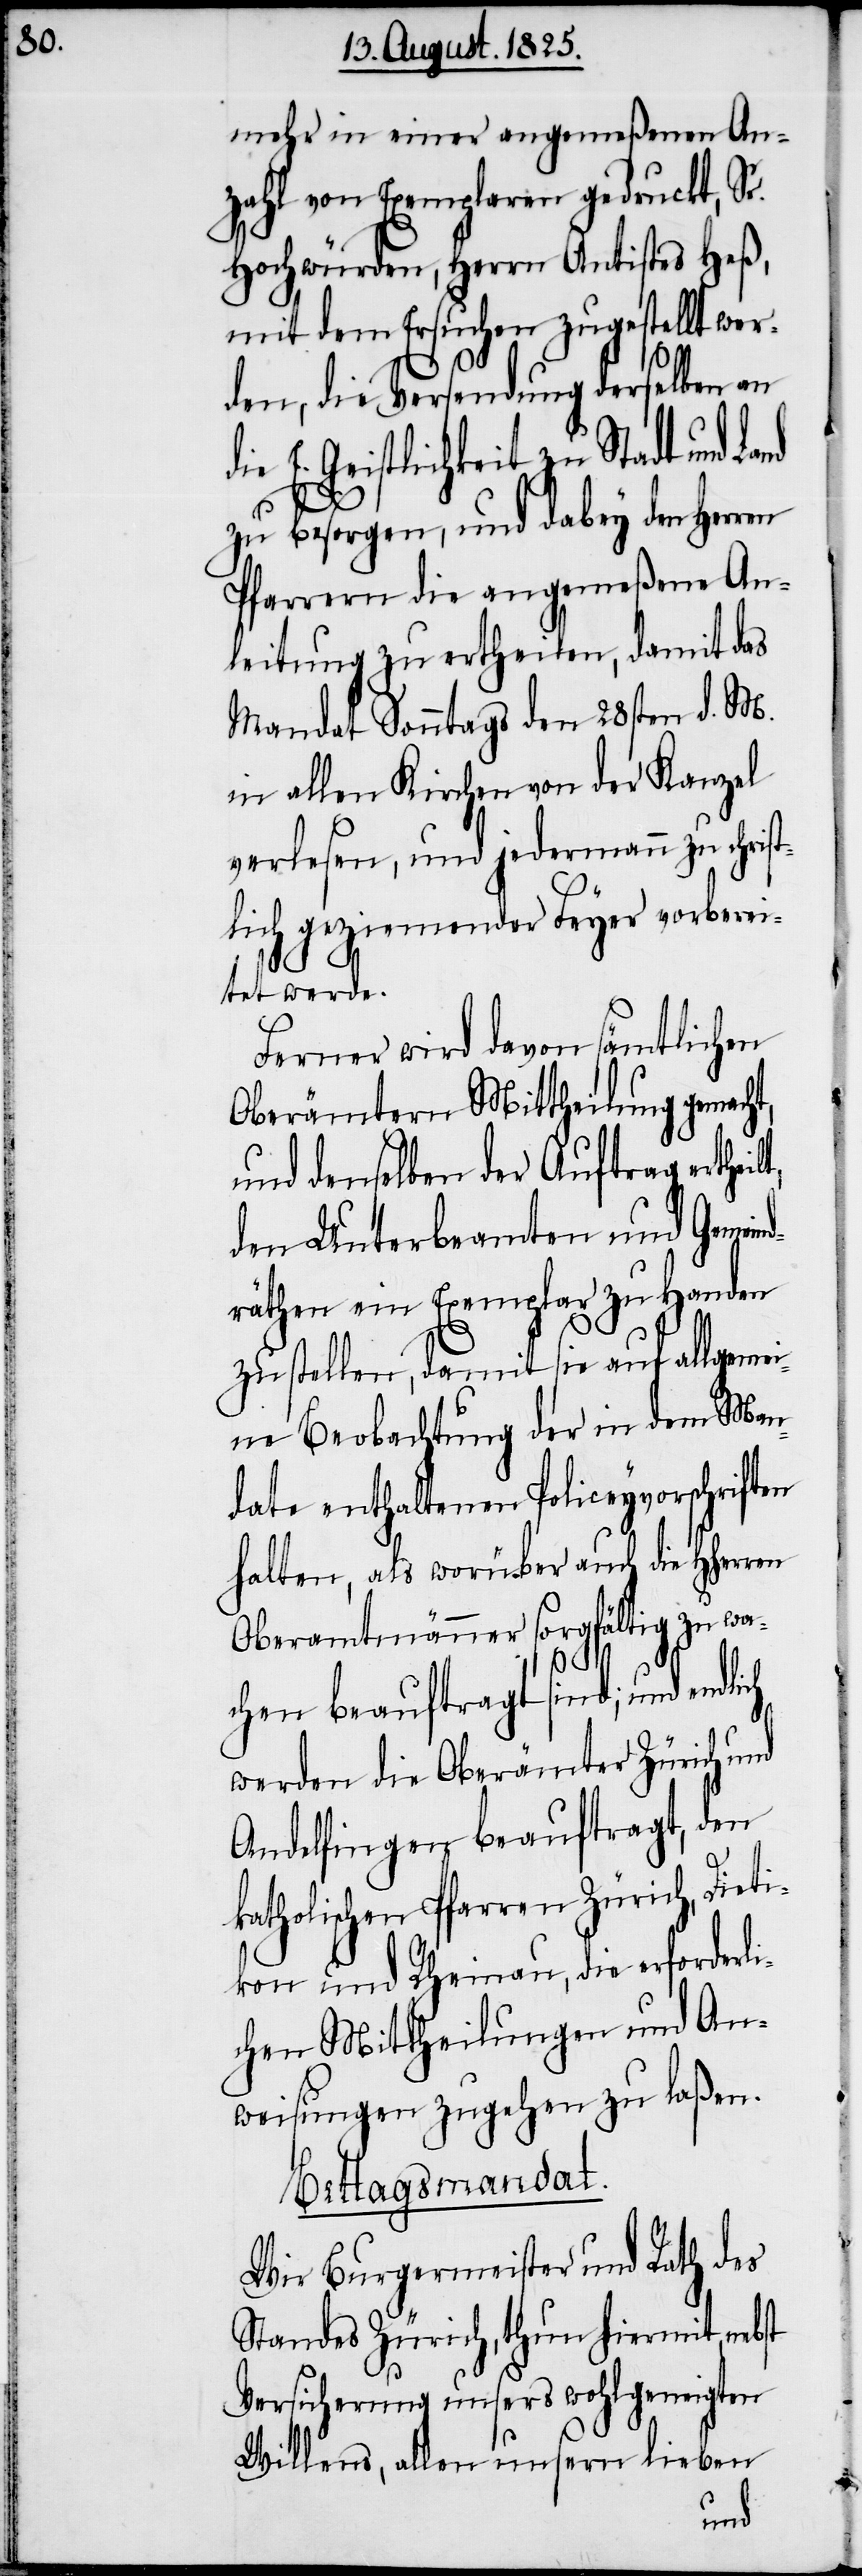
mehr in einer angemeßenen An¬
zahl von Exemplaren gedruckt, Sr.
Hochwürden, Herrn Antistes Heß,
mit dem Ersuchen zugestellt wer¬
den, die Versendung derselben an
E. Geistlichkeit zu Stadt und
zu besorgen, und dabey den Herren
Pfarrern die angemeßene An¬
leitung zu ertheilen, damit das
Mandat Sonntags den 28sten d. M.
in allen Kirchen von der Kanzel
verlesen, und jedermann zu christ¬
lich geziemender Feyer vorberei¬
tet werde.
Ferner wird davon sämtlichen
Oberämtern Mittheilung gemacht,
und denselben der Auftrag ertheil¬
den Unterbeamten und Gemeind¬
räthen ein Exemplar zu Handen
zu stellen, damit sie auf allgemei¬
ne Beobachtung der in dem Man¬
date enthaltenen Policeyvorschriften
halten, als worüber auch die HHer¬
Oberamtmänner sorgfältig zu wa¬
t,
chen beauftragt sind; und endlich
werden die Oberämter Zürich und
Andelfingen beauftragt, den
katholischen Pfarren Zürich, Dieti¬
kon und Rheinau, die erforderli¬
chen Mittheilungen und An¬
weisungen zugehen zu laßen.
Bettagsmandat.
Wir Burgermeister und Rath des
Standes Zürich, thun hiermit, nebst
Versicherung unsers wohlgeneigten
Willens, allen unsern lieben
ren